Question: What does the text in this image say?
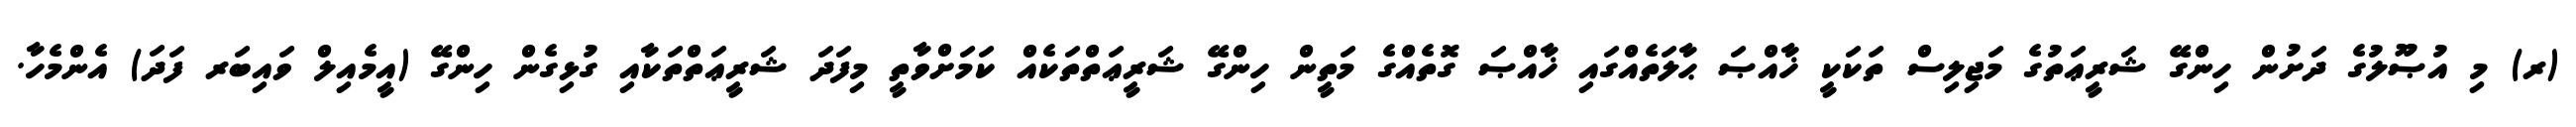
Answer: (ރ) މި އުޞޫލުގެ ދަށުން ހިންގޭ ޝަރީޢަތުގެ މަޖިލިސް ތަކަކީ ޚާއްޞަ ޙާލަތެއްގައި ޚާއްޞަ ގޮތެއްގެ މަތީން ހިންގޭ ޝަރީޢަތްތަކެއް ކަމަށްވާތީ މިފަދަ ޝަރީޢަތްތަކާއި ގުޅިގެން ހިންގޭ (އީމެއިލް ވައިބަރ ފަދަ) އެންމެހާ.